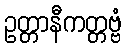
ဥတ္တာနီကတ္တဗ္ဗံ